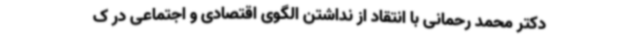
دکتر محمد رحمانی با انتقاد از نداشتن الگوی اقتصادی و اجتماعی در ک